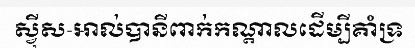
ស្វ៊ីស-អាល់បានីពាក់កណ្តាលដើម្បីគាំទ្រ